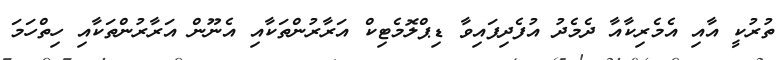
ތުރުކީ އާއި އެމެރިކާއާ ދެމެދު އުފެދިފައިވާ ޑިޕްލޮމެޓިކް އަރާރުންތަކާއި އެނޫން އަރާރުންތަކާއި ހިތްހަމަ